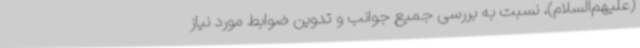
(علیهم‌السلام)، نسبت به بررسی جمیع جوانب و تدوین ضوابط مورد نیاز